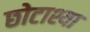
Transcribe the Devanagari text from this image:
छोटाश्या